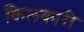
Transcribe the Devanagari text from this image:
किलकारी